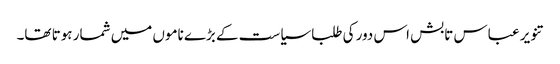
تنویر عباس تابش اس دور کی طلبا سیاست کے بڑے ناموں میں شمار ہوتا تھا۔